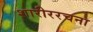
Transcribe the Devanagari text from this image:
शारीररचना